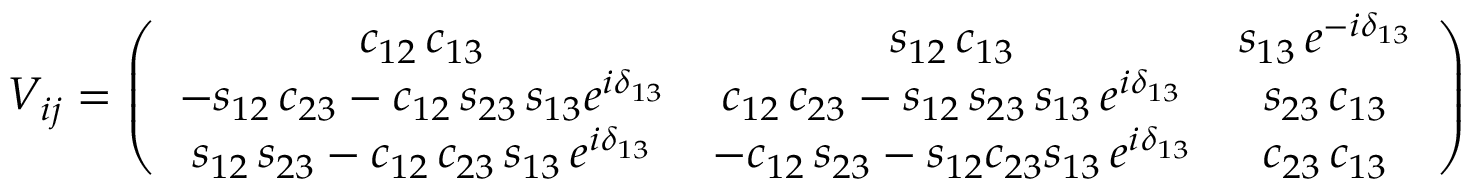
V _ { i j } = \left( \begin{array} { c c c } { { c _ { 1 2 } \, c _ { 1 3 } } } & { { s _ { 1 2 } \, c _ { 1 3 } } } & { { s _ { 1 3 } \, e ^ { - i \delta _ { 1 3 } } } } \\ { { - s _ { 1 2 } \, c _ { 2 3 } - c _ { 1 2 } \, s _ { 2 3 } \, s _ { 1 3 } e ^ { i \delta _ { 1 3 } } } } & { { c _ { 1 2 } \, c _ { 2 3 } - s _ { 1 2 } \, s _ { 2 3 } \, s _ { 1 3 } \, e ^ { i \delta _ { 1 3 } } } } & { { s _ { 2 3 } \, c _ { 1 3 } } } \\ { { s _ { 1 2 } \, s _ { 2 3 } - c _ { 1 2 } \, c _ { 2 3 } \, s _ { 1 3 } \, e ^ { i \delta _ { 1 3 } } } } & { { - c _ { 1 2 } \, s _ { 2 3 } - s _ { 1 2 } c _ { 2 3 } s _ { 1 3 } \, e ^ { i \delta _ { 1 3 } } } } & { { c _ { 2 3 } \, c _ { 1 3 } } } \end{array} \right)